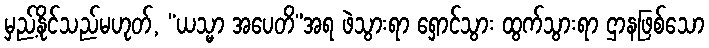
မှည့်နိုင်သည်မဟုတ်, “ယသ္မာ အပေတိ”အရ ဖဲသွားရာ ရှောင်သွား ထွက်သွားရာ ဌာနဖြစ်သော